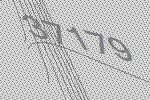
37179